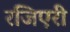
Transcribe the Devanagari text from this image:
रजिएरी